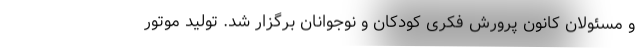
و مسئولان کانون پرورش فکری کودکان و نوجوانان برگزار شد. تولید موتور